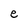
Character: e